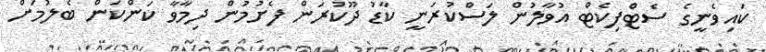
ކައިވެނީގެ ސެޓްފިކެޓް އުވާލުން ލަސްކުރަނީ ކާޑު ދޫކުރަން ފެށުމުން ދިމާވާ ކަންކަން ބެލުމަށް